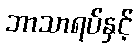
ဘာသာရပ်နှင့်